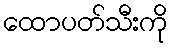
ထောပတ်သီးကို